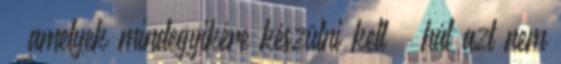
– amelyek mindegyikére készülni kell – hát azt nem